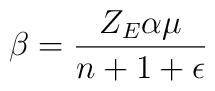
\beta =\frac {Z_E\alpha\mu}{n+1+\epsilon}